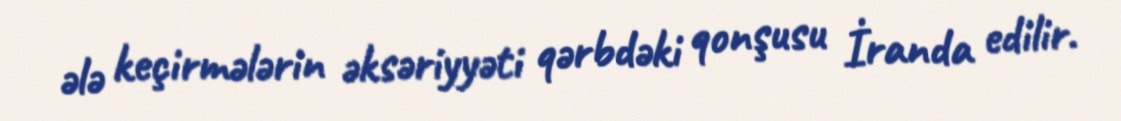
ələ keçirmələrin əksəriyyəti qərbdəki qonşusu İranda edilir.